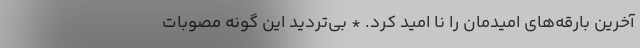
آخرین بارقه‌های امیدمان را نا اُمید کرد. * بی‌تردید این گونه مصوبات